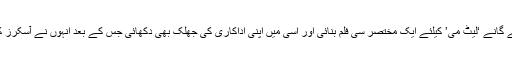
انہوں نے اپنے نئے گانے ‘لیٹ می’ کیلئے ایک مختصر سی فلم بنائی اور اسی میں اپنی اداکاری کی جھلک بھی دکھائی جس کے بعد انہوں نے آسکرز کے متعلق بیان دیا۔